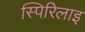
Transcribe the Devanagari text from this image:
स्पिरिलाइ